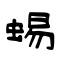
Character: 蝪